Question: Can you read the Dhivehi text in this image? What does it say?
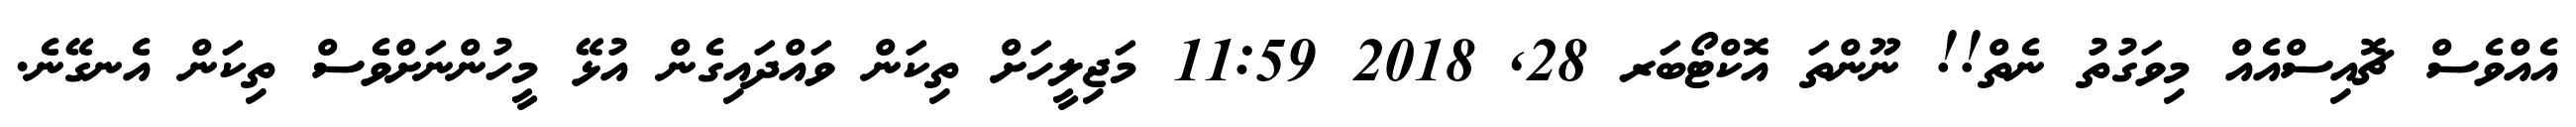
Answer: އެއްވެސް ޗޮއިސްއެއް މިވަގުތު ނެތް!! ނޫންތަ އޮކްޓޯބަރ 28, 2018 11:59 މަޖިލީހަށް ތިކަން ވައްދައިގެން އުޅޭ މީހުންނަށްވެސް ތިކަން އެނގޭނެ.